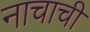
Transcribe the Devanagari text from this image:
नाचाची